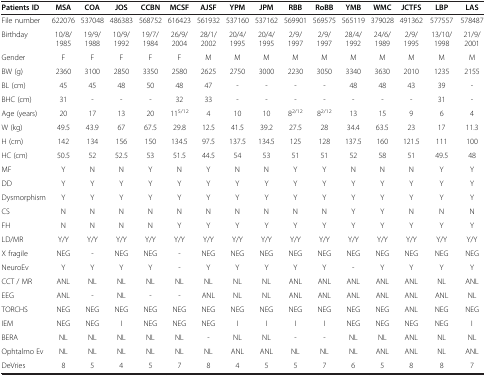
<table><thead><tr><td><b>Patients ID</b></td><td><b>MSA</b></td><td><b>COA</b></td><td><b>JOS</b></td><td><b>CCBN</b></td><td><b>MCSF</b></td><td><b>AJSF</b></td><td><b>YPM</b></td><td><b>JPM</b></td><td><b>RBB</b></td><td><b>RoBB</b></td><td><b>YMB</b></td><td><b>WMC</b></td><td><b>JCTFS</b></td><td><b>LBP</b></td><td><b>LAS</b></td></tr></thead><tbody><tr><td>File number</td><td>622076</td><td>537048</td><td>486383</td><td>568752</td><td>616423</td><td>561932</td><td>537160</td><td>537162</td><td>569901</td><td>569575</td><td>565119</td><td>379028</td><td>491362</td><td>577557</td><td>578487</td></tr><tr><td>Birthday</td><td>10/8/1985</td><td>19/9/1988</td><td>10/9/1992</td><td>19/7/1984</td><td>26/9/2004</td><td>28/1/2002</td><td>20/4/1995</td><td>20/4/1995</td><td>2/9/1997</td><td>2/9/1997</td><td>28/4/1992</td><td>24/6/1989</td><td>2/9/1995</td><td>13/10/1998</td><td>21/9/2001</td></tr><tr><td>Gender</td><td>F</td><td>F</td><td>F</td><td>F</td><td>F</td><td>M</td><td>M</td><td>M</td><td>M</td><td>M</td><td>M</td><td>M</td><td>M</td><td>M</td><td>M</td></tr><tr><td>BW (g)</td><td>2360</td><td>3100</td><td>2850</td><td>3350</td><td>2580</td><td>2625</td><td>2750</td><td>3000</td><td>2230</td><td>3050</td><td>3340</td><td>3630</td><td>2010</td><td>1235</td><td>2155</td></tr><tr><td>BL (cm)</td><td>45</td><td>45</td><td>48</td><td>50</td><td>48</td><td>47</td><td>-</td><td>-</td><td>-</td><td>-</td><td>48</td><td>48</td><td>43</td><td>39</td><td>-</td></tr><tr><td>BHC (cm)</td><td>31</td><td>-</td><td>-</td><td>-</td><td>32</td><td>33</td><td>-</td><td>-</td><td>-</td><td>-</td><td>-</td><td>-</td><td>-</td><td>31</td><td>-</td></tr><tr><td>Age (years)</td><td>20</td><td>17</td><td>13</td><td>20</td><td>11<sup>5/12</sup></td><td>4</td><td>10</td><td>10</td><td>8<sup>2/12</sup></td><td>8<sup>2/12</sup></td><td>13</td><td>15</td><td>9</td><td>6</td><td>4</td></tr><tr><td>W (kg)</td><td>49.5</td><td>43.9</td><td>67</td><td>67.5</td><td>29.8</td><td>12.5</td><td>41.5</td><td>39.2</td><td>27.5</td><td>28</td><td>34.4</td><td>63.5</td><td>23</td><td>17</td><td>11.3</td></tr><tr><td>H (cm)</td><td>142</td><td>134</td><td>156</td><td>150</td><td>134.5</td><td>97.5</td><td>137.5</td><td>134.5</td><td>125</td><td>128</td><td>137.5</td><td>160</td><td>121.5</td><td>111</td><td>100</td></tr><tr><td>HC (cm)</td><td>50.5</td><td>52</td><td>52.5</td><td>53</td><td>51.5</td><td>44.5</td><td>54</td><td>53</td><td>51</td><td>51</td><td>52</td><td>58</td><td>51</td><td>49.5</td><td>48</td></tr><tr><td>MF</td><td>Y</td><td>N</td><td>N</td><td>Y</td><td>N</td><td>Y</td><td>N</td><td>N</td><td>Y</td><td>Y</td><td>N</td><td>N</td><td>N</td><td>Y</td><td>Y</td></tr><tr><td>DD</td><td>Y</td><td>Y</td><td>Y</td><td>Y</td><td>Y</td><td>Y</td><td>Y</td><td>Y</td><td>Y</td><td>Y</td><td>Y</td><td>Y</td><td>Y</td><td>Y</td><td>Y</td></tr><tr><td>Dysmorphism</td><td>Y</td><td>Y</td><td>Y</td><td>Y</td><td>Y</td><td>Y</td><td>Y</td><td>Y</td><td>Y</td><td>Y</td><td>Y</td><td>Y</td><td>Y</td><td>Y</td><td>Y</td></tr><tr><td>CS</td><td>N</td><td>N</td><td>N</td><td>N</td><td>N</td><td>N</td><td>N</td><td>N</td><td>N</td><td>N</td><td>Y</td><td>Y</td><td>N</td><td>N</td><td>N</td></tr><tr><td>FH</td><td>N</td><td>N</td><td>N</td><td>N</td><td>Y</td><td>Y</td><td>Y</td><td>Y</td><td>Y</td><td>Y</td><td>Y</td><td>Y</td><td>Y</td><td>Y</td><td>Y</td></tr><tr><td>LD/MR</td><td>Y/Y</td><td>Y/Y</td><td>Y/Y</td><td>Y/Y</td><td>Y/Y</td><td>Y/Y</td><td>Y/Y</td><td>Y/Y</td><td>Y/Y</td><td>Y/Y</td><td>Y/Y</td><td>Y/Y</td><td>Y/Y</td><td>Y/Y</td><td>Y/Y</td></tr><tr><td>X fragile</td><td>NEG</td><td>-</td><td>NEG</td><td>NEG</td><td>-</td><td>NEG</td><td>NEG</td><td>NEG</td><td>NEG</td><td>NEG</td><td>NEG</td><td>NEG</td><td>NEG</td><td>NEG</td><td>NEG</td></tr><tr><td>NeuroEv</td><td>Y</td><td>Y</td><td>Y</td><td>Y</td><td>-</td><td>Y</td><td>Y</td><td>Y</td><td>Y</td><td>Y</td><td>-</td><td>Y</td><td>Y</td><td>Y</td><td>Y</td></tr><tr><td>CCT / MR</td><td>ANL</td><td>NL</td><td>NL</td><td>NL</td><td>NL</td><td>NL</td><td>NL</td><td>NL</td><td>ANL</td><td>ANL</td><td>ANL</td><td>ANL</td><td>ANL</td><td>NL</td><td>ANL</td></tr><tr><td>EEG</td><td>ANL</td><td>-</td><td>NL</td><td>-</td><td>-</td><td>ANL</td><td>NL</td><td>NL</td><td>ANL</td><td>ANL</td><td>ANL</td><td>ANL</td><td>ANL</td><td>ANL</td><td>NL</td></tr><tr><td>TORCHS</td><td>NEG</td><td>NEG</td><td>NEG</td><td>NEG</td><td>NEG</td><td>NEG</td><td>NEG</td><td>NEG</td><td>NEG</td><td>NEG</td><td>NEG</td><td>NEG</td><td>ANL</td><td>NEG</td><td>NEG</td></tr><tr><td>IEM</td><td>NEG</td><td>NEG</td><td>I</td><td>NEG</td><td>NEG</td><td>NEG</td><td>I</td><td>I</td><td>I</td><td>I</td><td>NEG</td><td>NEG</td><td>NEG</td><td>NEG</td><td>I</td></tr><tr><td>BERA</td><td>NL</td><td>NL</td><td>NL</td><td>NL</td><td>NL</td><td>-</td><td>NL</td><td>NL</td><td>-</td><td>-</td><td>NL</td><td>NL</td><td>ANL</td><td>NL</td><td>NL</td></tr><tr><td>Ophtalmo Ev</td><td>NL</td><td>NL</td><td>NL</td><td>NL</td><td>NL</td><td>NL</td><td>ANL</td><td>ANL</td><td>NL</td><td>NL</td><td>NL</td><td>ANL</td><td>ANL</td><td>NL</td><td>ANL</td></tr><tr><td>DeVries</td><td>8</td><td>5</td><td>4</td><td>5</td><td>7</td><td>8</td><td>4</td><td>5</td><td>5</td><td>7</td><td>6</td><td>5</td><td>8</td><td>8</td><td>7</td></tr></tbody></table>